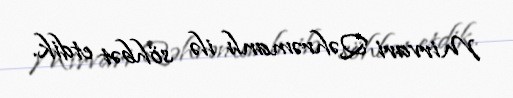
Mirvari Qəhrəmanlı ilə söhbət etdik.